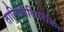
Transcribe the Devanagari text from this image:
तालियादिपरंबिल